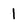
Character: 1